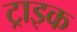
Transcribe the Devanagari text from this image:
ट्राइक